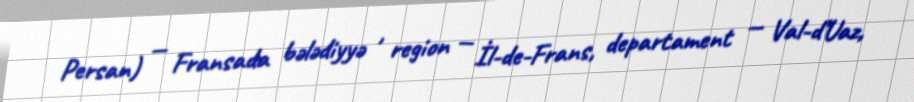
Persan) — Fransada bələdiyyə , region — İl-de-Frans, departament — Val-d’Uaz,